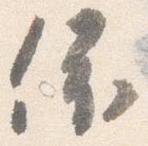
依